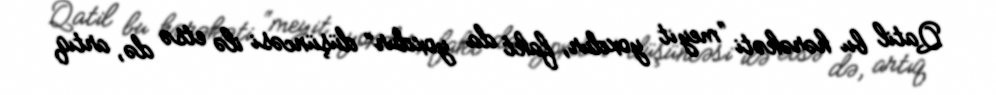
Qatil bu hərəkəti “meyit yoxdur, fakt da yoxdur” düşüncəsi ilə etsə də, artıq